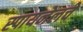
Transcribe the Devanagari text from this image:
स्पायनेलचे